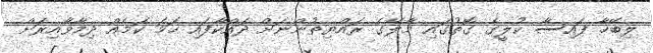
ލިބޭހާ ފައިސާ ކުލީގެ ގޮތުގައި މާލޭގެ ރައްޔިތުންނަށް ދައްކާފައި ހަމަ ކަމެއް ދިމާވާއިރަށް